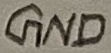
Text: GND